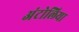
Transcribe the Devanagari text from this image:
अंटोलिया